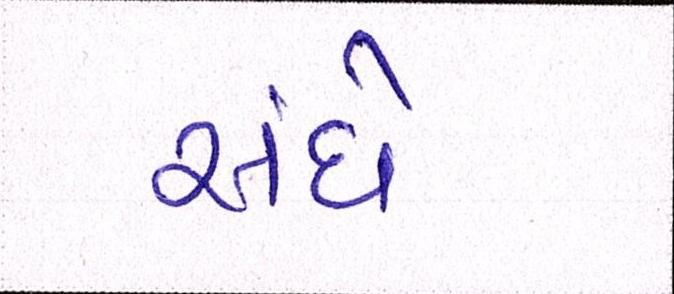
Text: સંઘે